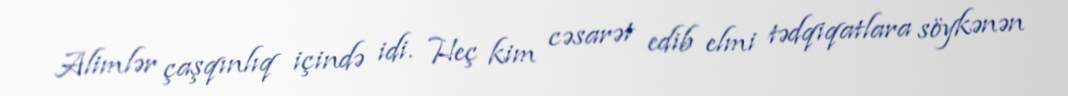
Alimlər çaşqınlıq içində idi. Heç kim cəsarət edib elmi tədqiqatlara söykənən